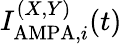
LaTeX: I_{\mathrm{AMPA},i}^{(X,Y)}(t)